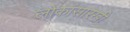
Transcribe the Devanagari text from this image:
लोकांसारखी